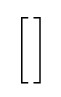
{\begin{bmatrix}\,\\\,\end{bmatrix}}